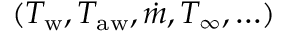
( T _ { \mathrm { w } } , T _ { \mathrm { a w } } , \dot { m } , T _ { \infty } , \ldots )